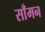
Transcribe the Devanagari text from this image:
साँमन